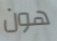
هون